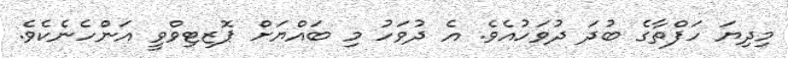
މިދިޔަ ހަފްތާގެ ބުދަ ދުވަހުއެވެ. އެ ދުވަހު މި ބައްޔަށް ޕޮޒިޓިވްވީ އަންހެނެކެވެ.